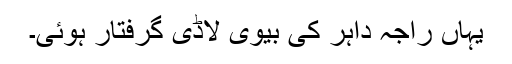
یہاں راجہ داہر کی بیوی لاڈی گرفتار ہوئی۔